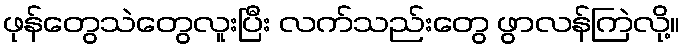
ဖုန်တွေသဲတွေလူးပြီး လက်သည်းတွေ ဖွာလန်ကြဲလို့။